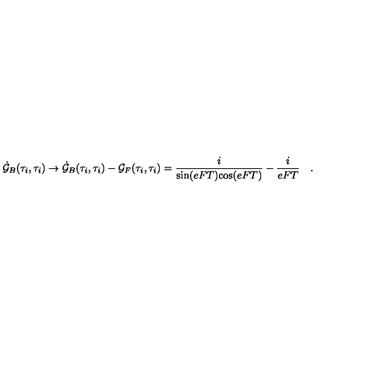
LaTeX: \dot { \cal G } _ { B } ( \tau _ { i } , \tau _ { i } ) \rightarrow \dot { \cal G } _ { B } ( \tau _ { i } , \tau _ { i } ) - { \cal G } _ { F } ( \tau _ { i } , \tau _ { i } ) = { \frac { i } { \mathrm { s i n } ( e F T ) \mathrm { c o s } ( e F T ) } } - { \frac { i } { e F T } } \quad .